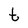
Character: t